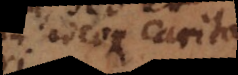
ideoque caritatem